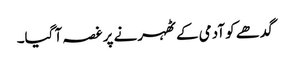
گدھے کو آدمی کے ٹھہرنے پر غصہ آ گیا۔